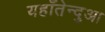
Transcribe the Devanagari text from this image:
यहाँतेन्दुआ